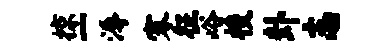
掠一溽寥征峪梭卦志